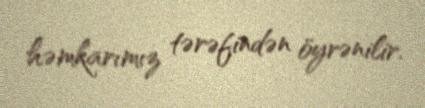
həmkarımız tərəfindən öyrənilir.